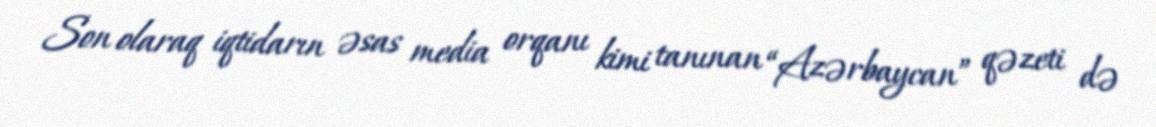
Son olaraq iqtidarın əsas media orqanı kimi tanınan “Azərbaycan” qəzeti də